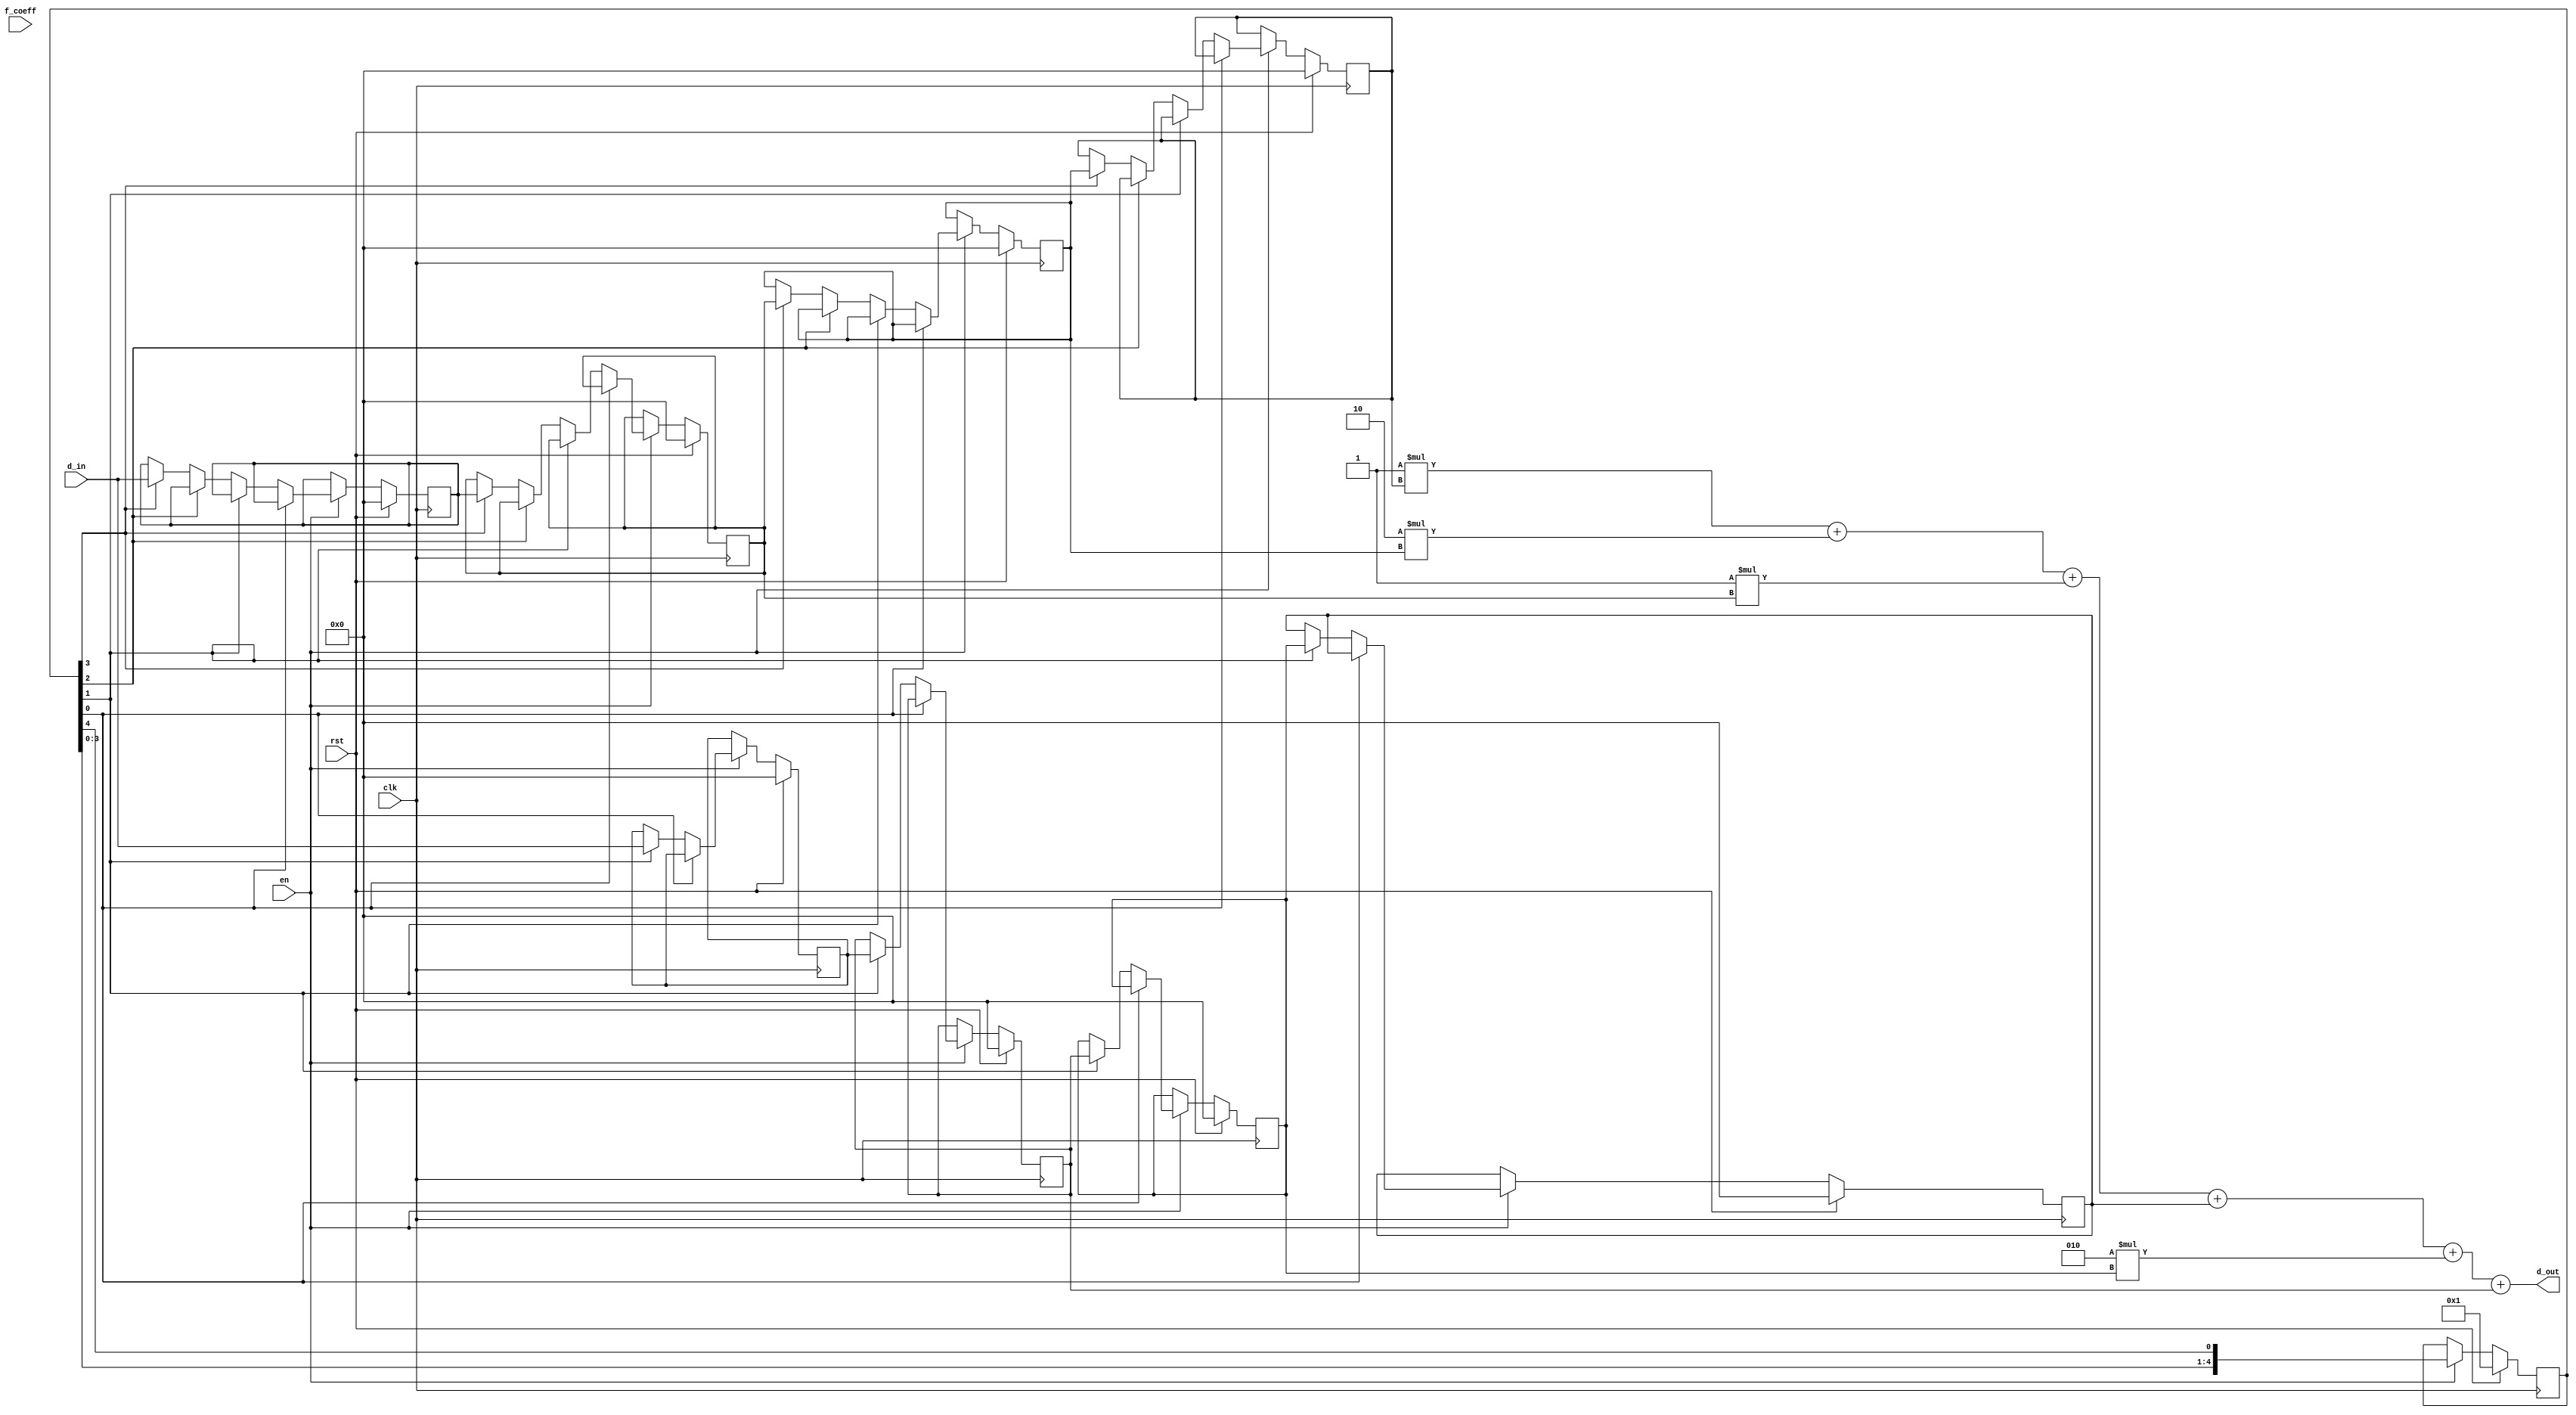
`timescale 1ns / 1ps
//////////////////////////////////////////////////////////////////////////////////
// Company: 
// Engineer: 
// 
// Design Name: 
// Module Name:    buffer 
// Project Name: 
// Target Devices: 
// Tool versions: 
// Description: 
//
// Dependencies: 
//
// Revision: 
// Revision 0.01 - File Created
// Additional Comments: 
//
//////////////////////////////////////////////////////////////////////////////////
`define SerialInit 5'b00001
`define FilterBitWidth 8
`define FilterSize 5
module buffer
#(parameter DataBitWidth=12)
(
input clk,rst,en,
input [`FilterSize*`FilterSize*`FilterBitWidth-1:0] f_coeff,
input signed [DataBitWidth-1:0] d_in,
output signed [DataBitWidth-1:0] d_out
    );

reg signed [DataBitWidth-1:0] mem1 [0:`FilterSize*`FilterSize-1];
reg [`FilterSize-1:0] state;


assign d_out=-1*mem1[16]+-2*mem1[17]+-1*mem1[18]+mem1[6]+2*mem1[7]+mem1[8];

wire [`FilterBitWidth-1:0] coeff [0:`FilterSize-1][0:`FilterSize-1];

// saving coefficients
genvar i,j,n;
generate
for ( i=0; i<=`FilterSize-1; i=i+1)
     begin 
	  for ( j=0; j<=`FilterSize-1; j=j+1)
	       begin 
			 assign coeff[i][j] = f_coeff[i*(`FilterSize*`FilterBitWidth)+j*`FilterBitWidth+`FilterBitWidth-1:
              			           i*(`FilterSize*`FilterBitWidth)+j*`FilterBitWidth];
			 end
	  end
endgenerate		
			 

integer k;

always @(posedge clk)
if (rst)
    begin
	 state<=`SerialInit;
	 for ( k=0;k<=`FilterSize*`FilterSize-1;k=k+1)
         begin
			mem1[k]<=0;
			end
	 end
else 
    if(en)
	    begin
		 state<={state[`FilterSize-2:0],state[`FilterSize-1]};
      
					  if (state[0]==1)
							begin
							mem1[4]<=d_in;
							mem1[3]<=mem1[4];
							mem1[2]<=mem1[3];
							mem1[1]<=mem1[2];
							mem1[0]<=mem1[1];
							end
				else if (state[1])
				         begin
							mem1[9]<=d_in;
							mem1[8]<=mem1[9];
							mem1[7]<=mem1[8];
							mem1[6]<=mem1[7];
							mem1[5]<=mem1[6];
							end
				else if (state[2])
				         begin
							mem1[14]<=d_in;
							mem1[13]<=mem1[14];
							mem1[12]<=mem1[13];
							mem1[11]<=mem1[12];
							mem1[10]<=mem1[11];
							end
				else if (state[3])
				         begin
							mem1[19]<=d_in;
							mem1[18]<=mem1[19];
							mem1[17]<=mem1[18];
							mem1[16]<=mem1[17];
							mem1[15]<=mem1[16];
							end
				else if (state[4])
				         begin
							mem1[24]<=d_in;
							mem1[23]<=mem1[24];
							mem1[22]<=mem1[23];
							mem1[21]<=mem1[22];
							mem1[20]<=mem1[21];
							end
					
	    end

endmodule